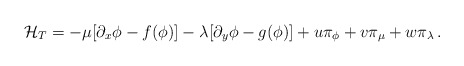
\begin{align*}{\cal H}_T=-\mu[\partial_x\phi-f(\phi)]-\lambda[\partial_y\phi-g(\phi)]+u\pi_\phi+v\pi_\mu+w\pi_\lambda\,.\end{align*}